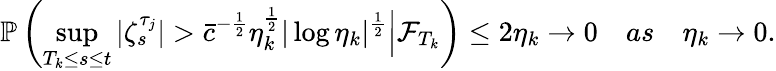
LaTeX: \mathbb{P}\left(\operatorname*{sup}_{T_{k}\leq s\leq t}|\zeta_{s}^{\tau_{j}}|>\bar{c}^{-\frac{1}{2}}\eta_{k}^{\frac{1}{2}}|\log\eta_{k}|^{\frac{1}{2}}\Big|\mathcal{F}_{T_{k}}\right)\leq 2\eta_{k}\rightarrow 0\quad as\quad\eta_{k}\rightarrow 0.